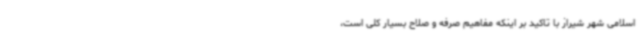
اسلامی شهر شیراز با تاکید بر اینکه مفاهیم صرفه و صلاح بسیار کلی است،